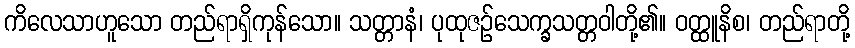
ကိလေသာဟူသော တည်ရာရှိကုန်သော။ သတ္တာနံ၊ ပုထုဇဉ်သေက္ခသတ္တဝါတို့၏။ ဝတ္ထူနိစ၊ တည်ရာတို့